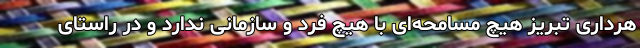
هرداری تبریز هیچ مسامحه‌ای با هیچ فرد و سازمانی ندارد و در راستای